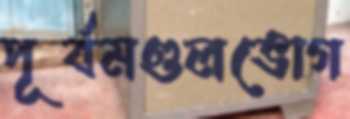
পূর্বমণ্ডলভোগ